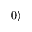
| 0 \rangle